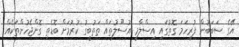
އޭގެ ސަބަބުން ފުރިހަމަ ގޮތުގައި އިސްލާމީ އުސޫލުތައް ތަތުބީގު ކުރުމަށް ބޮޑެތި ގޮންޖެހުންތަކެއް